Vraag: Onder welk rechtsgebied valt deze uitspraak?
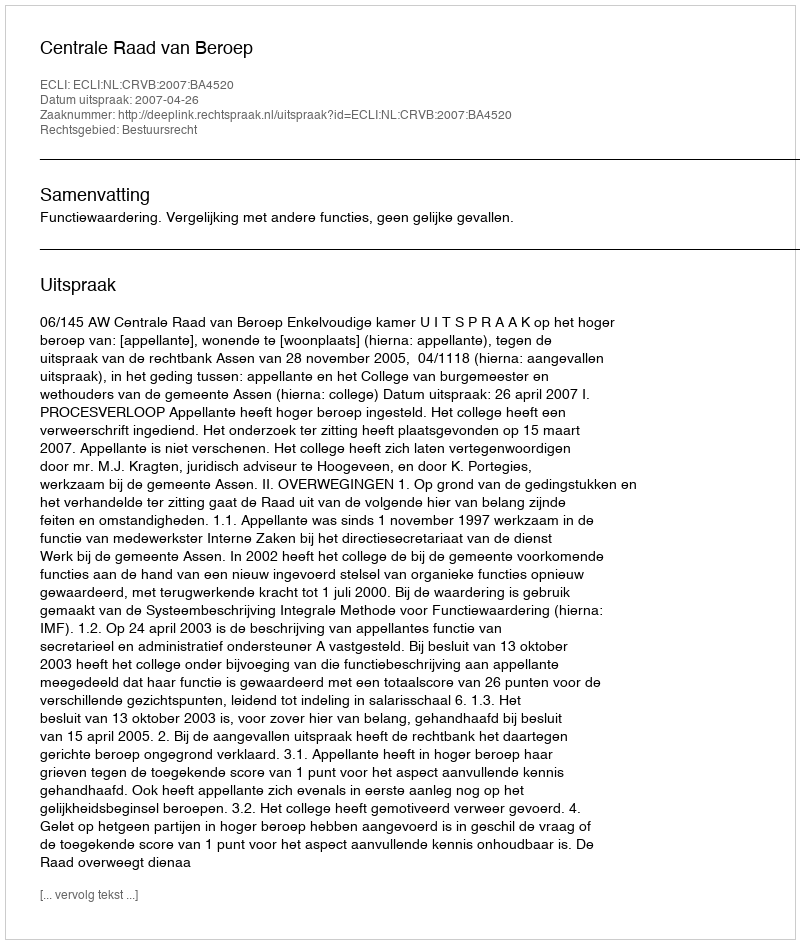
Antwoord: Bestuursrecht